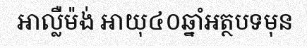
អាល្លឺម៉ង់ អាយុ៤០ឆ្នាំអត្ថបទមុន